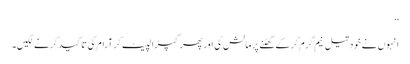
‘‘
انہوں نے خود تیل نیم گرم کر کے گھٹنے پر مالش کی اور پھر کپڑا لپیٹ کر آرام کی تاکید کرنے لگیں۔